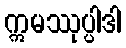
ဣမဿုပ္ပါဒါ